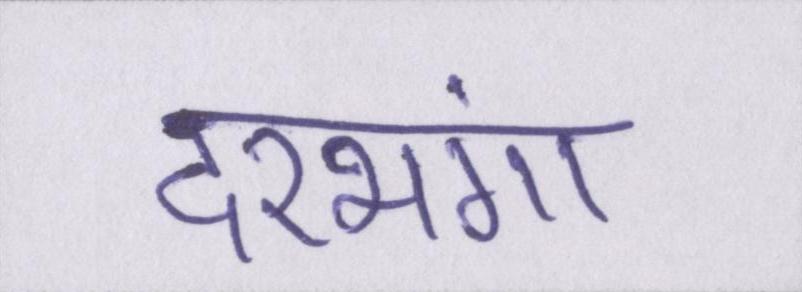
दरभंगा